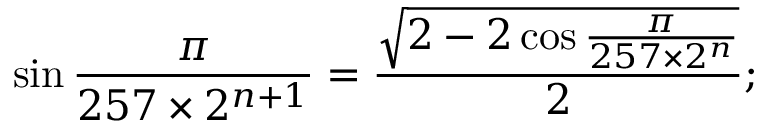
\sin { \frac { \pi } { 2 5 7 \times 2 ^ { n + 1 } } } = { \frac { \sqrt { 2 - 2 \cos { \frac { \pi } { 2 5 7 \times 2 ^ { n } } } } } { 2 } } ;